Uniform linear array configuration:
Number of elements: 12
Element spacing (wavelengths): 0.75
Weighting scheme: uniform
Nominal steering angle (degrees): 15
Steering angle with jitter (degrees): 16.324
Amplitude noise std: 0.05
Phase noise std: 0.05

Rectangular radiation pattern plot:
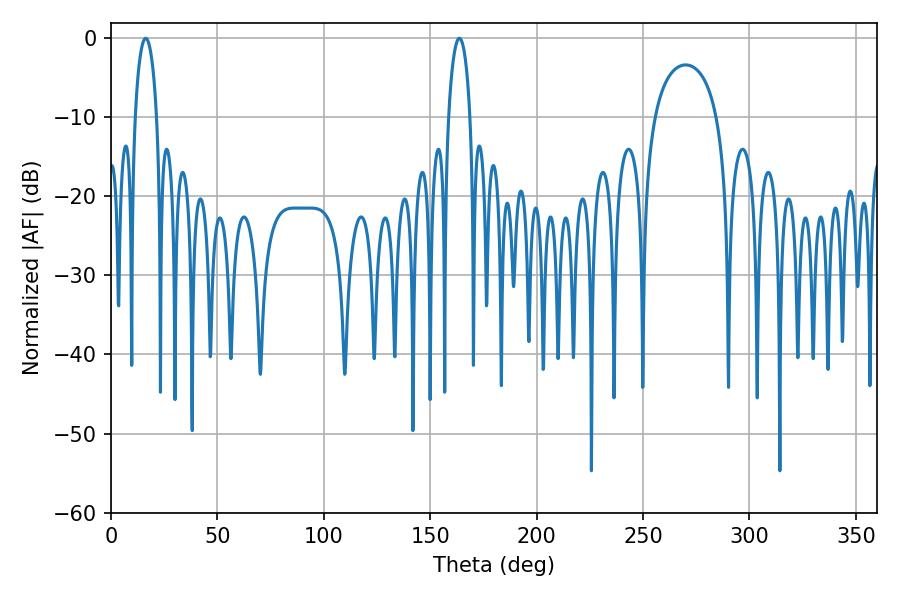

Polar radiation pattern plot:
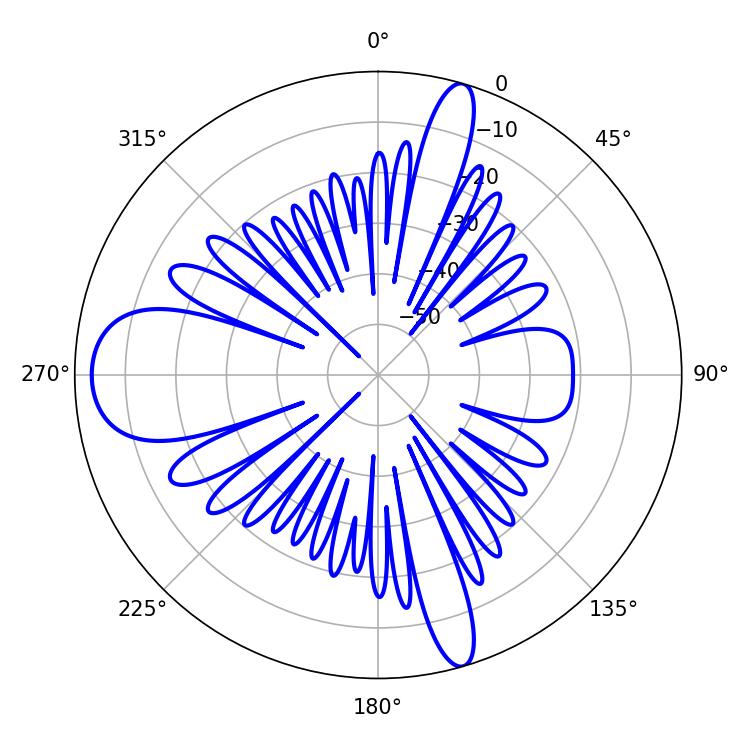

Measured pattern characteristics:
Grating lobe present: TRUE
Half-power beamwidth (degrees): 5.76
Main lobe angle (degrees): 16.38